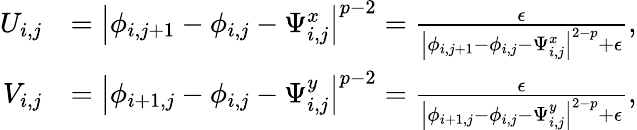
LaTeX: \begin{array}{rl}{U_{i,j}}&{=\left\lvert\phi_{i,j+1}-\phi_{i,j}-\Psi_{i,j}^{x}\right\rvert^{p-2}=\frac{\epsilon}{\left\lvert\phi_{i,j+1}-\phi_{i,j}-\Psi_{i,j}^{x}\right\rvert^{2-p}+\epsilon},}\\ {V_{i,j}}&{=\left\lvert\phi_{i+1,j}-\phi_{i,j}-\Psi_{i,j}^{y}\right\rvert^{p-2}=\frac{\epsilon}{\left\lvert\phi_{i+1,j}-\phi_{i,j}-\Psi_{i,j}^{y}\right\rvert^{2-p}+\epsilon},}\end{array}